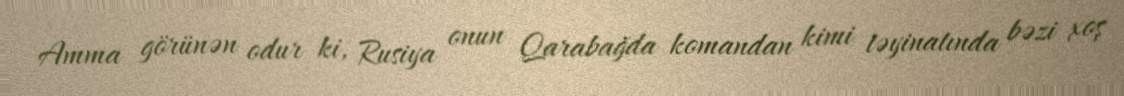
Amma görünən odur ki, Rusiya onun Qarabağda komandan kimi təyinatında bəzi xoş